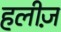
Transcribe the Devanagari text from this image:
हलीज़